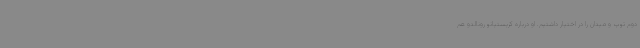
دوم توپ و میدان را در اختیار داشتیم. او درباره کریستیانو رونالدو هم